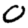
Digit: 0